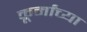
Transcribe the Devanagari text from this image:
कूर्मांच्या